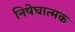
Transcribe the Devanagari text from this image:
निषेघात्मक